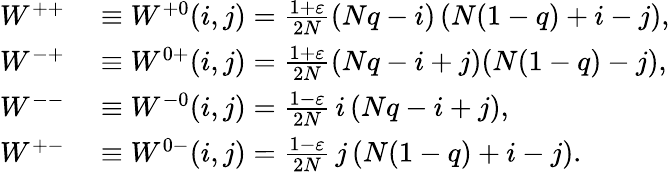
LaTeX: \begin{array}{rl}{W^{++}}&{{}\equiv W^{+0}(i,j)=\frac{1+\varepsilon}{2N}(Nq-i)\left(N(1-q)+i-j\right),}\\ {W^{-+}}&{{}\equiv W^{0+}(i,j)=\frac{1+\varepsilon}{2N}(Nq-i+j)(N(1-q)-j),}\\ {W^{--}}&{{}\equiv W^{-0}(i,j)=\frac{1-\varepsilon}{2N}\thinspace i\thinspace(Nq-i+j),}\\ {W^{+-}}&{{}\equiv W^{0-}(i,j)=\frac{1-\varepsilon}{2N}\thinspace j\thinspace(N(1-q)+i-j).}\end{array}